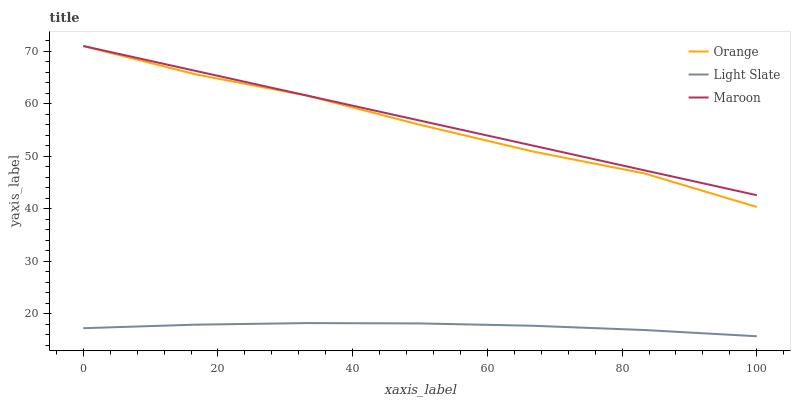
| xaxis_label | Orange | Light Slate | Maroon |
 | --- | --- | --- | --- |
 | 0 | 71 | 17.2 | 71 |
 | 16.7 | 65.6 | 17.9 | 66.3 |
 | 33.3 | 61.5 | 18.2 | 61.5 |
 | 50 | 56 | 18.1 | 56.8 |
 | 66.7 | 50.9 | 17.7 | 52 |
 | 83.3 | 46.7 | 16.9 | 47.3 |
 | 100 | 40.3 | 15.7 | 42.6 |